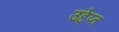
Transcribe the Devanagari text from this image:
उद्देप्त